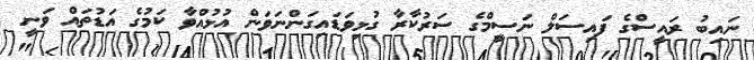
ނައިބު ރައީސްގެ ފައިސަލް ނަސީމްގެ ސަރުކާރާ ގުޅިވަޑައިގަންނަވަން އުޅުއްވާ ކަމުގެ އަޑުތައް ވަނީ